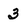
Character: 3